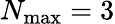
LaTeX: N_{\mathrm{max}}=3